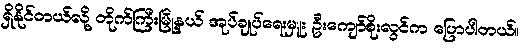
ရှိနိုင်တယ်လို့ တိုက်ကြီးမြို့နယ် အုပ်ချုပ်ရေးမှူး ဦးကျော်စိုးလွင်က ပြောပါတယ်။